Indian journal of veterinary science and animal husbandry - Volume 1,
Year: 1931
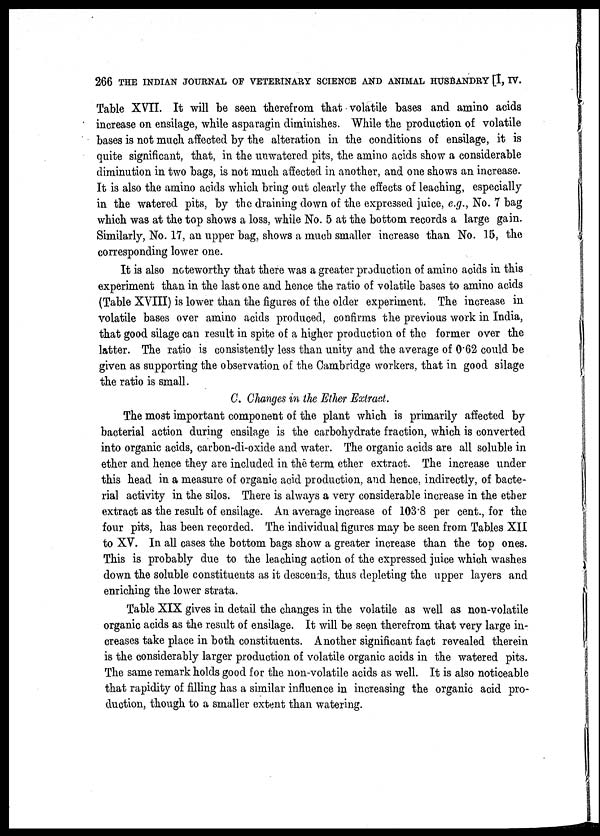
266 THE INDIAN JOURNAL OF VETERINARY SCIENCE AND ANIMAL HUSBANDRY [I, IV.
Table XVII. It will be seen therefrom that volatile bases and amino acids
increase on ensilage, while asparagin diminishes. While the production of volatile
bases is not much affected by the alteration in the conditions of ensilage, it is
quite significant, that, in the unwatered pits, the amino acids show a considerable
diminution in two bags, is not much affected in another, and one shows an increase.
It is also the amino acids which bring out clearly the effects of leaching, especially
in the watered pits, by the draining down of the expressed juice, e.g., No. 7 bag
which was at the top shows a loss, while No. 5 at the bottom records a large gain.
Similarly, No. 17, an upper bag, shows a much smaller increase than No. 15, the
corresponding lower one.
It is also noteworthy that there was a greater production of amino acids in this
experiment than in the last one and hence the ratio of volatile bases to amino acids
(Table XVIII) is lower than the figures of the older experiment. The increase in
volatile bases over amino acids produced, confirms the previous work in India,
that good silage can result in spite of a higher production of the former over the
latter. The ratio is consistently less than unity and the average of 0.62 could be
given as supporting the observation of the Cambridge workers, that in good silage
the ratio is small.
C. Changes in the Ether Extract.
The most important component of the plant which is primarily affected by
bacterial action during ensilage is the carbohydrate fraction, which is converted
into organic acids, carbon-di-oxide and water. The organic acids are all soluble in
ether and hence they are included in the term ether extract. The increase under
this head in a measure of organic acid production, and hence, indirectly, of bacte-
rial activity in the silos. There is always a very considerable increase in the ether
extract as the result of ensilage. An average increase of 103.8 per cent., for the
four pits, has been recorded. The individual figures may be seen from Tables XII
to XV. In all cases the bottom bags show a greater increase than the top ones.
This is probably due to the leaching action of the expressed juice which washes
down the soluble constituents as it descends, thus depleting the upper layers and
enriching the lower strata.
Table XIX gives in detail the changes in the volatile as well as non-volatile
organic acids as the result of ensilage. It will be seen therefrom that very large in-
creases take place in both constituents. Another significant fact revealed therein
is the considerably larger production of volatile organic acids in the watered pits.
The same remark holds good for the non-volatile acids as well. It is also noticeable
that rapidity of filling has a similar influence in increasing the organic acid pro-
duction, though to a smaller extent than watering.